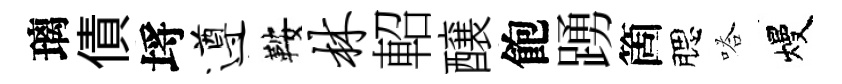
璃債埓遵鞍林軺醸飽踴箇腮嗒熳